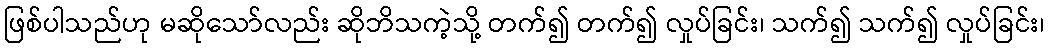
ဖြစ်ပါသည်ဟု မဆိုသော်လည်း ဆိုဘိသကဲ့သို့ တက်၍ တက်၍ လှုပ်ခြင်း၊ သက်၍ သက်၍ လှုပ်ခြင်း၊